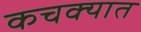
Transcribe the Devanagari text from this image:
कचक्यात